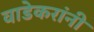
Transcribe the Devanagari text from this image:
वाडेकरांनी